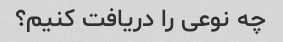
چه نوعی را دریافت کنیم؟